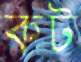
কট